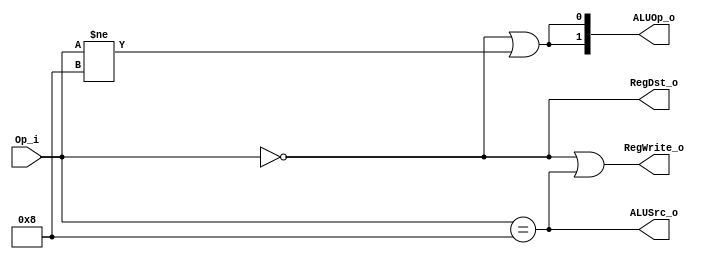
module Control(Op_i, RegDst_o, ALUOp_o, ALUSrc_o, RegWrite_o);
input  [5:0] Op_i;
output [1:0] ALUOp_o;
output       RegDst_o, ALUSrc_o, RegWrite_o;

`define Rtype_Op 6'b000000
`define addi_Op  6'b001000

assign RegDst_o = (Op_i == `Rtype_Op);
assign ALUSrc_o = (Op_i == `addi_Op);
assign RegWrite_o = (Op_i == `Rtype_Op) || (Op_i == `addi_Op);

assign ALUOp_o[1] = (Op_i == `Rtype_Op) || (Op_i != `addi_Op);
assign ALUOp_o[0] = (Op_i == `Rtype_Op) || (Op_i != `addi_Op);

endmodule